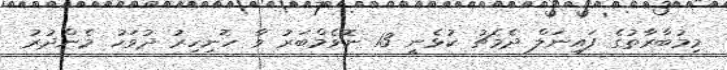
މިމުބާރާތުގެ ފައިނަލް ދެމެޗު ކުޅެނީ 13 ނޮވެމްބަރު ވާ ހޮނިހިރު ދުވަހު މެންދުރު